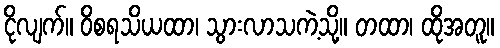
ငိုလျက်။ ဝိစရသိယထာ၊ သွားလာသကဲ့သို့။ တထာ၊ ထိုအတူ။